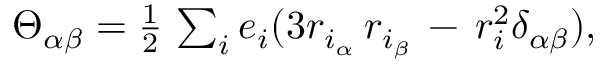
\begin{array} { r } { \Theta _ { \alpha \beta } = \frac { 1 } { 2 } \, \sum _ { i } e _ { i } ( 3 r _ { i _ { \alpha } } \, r _ { i _ { \beta } } \, - \, r _ { i } ^ { 2 } \delta _ { \alpha \beta } ) , } \end{array}